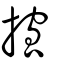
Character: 攨